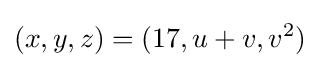
(x,y,z)=(17,u+v,v^{2})